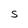
Character: S